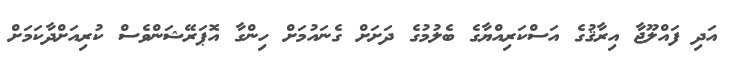
އަދި ފައްލޫޖާ އިރާޤުގެ އަސްކަރިއްޔާގެ ބެލުމުގެ ދަށަށް ގެނައުމަށް ހިންގާ އޮޕަރޭޝަންވެސް ކުރިއަށްދާކަމަށް